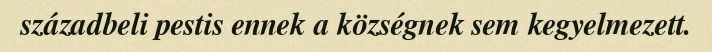
századbeli pestis ennek a községnek sem kegyelmezett.